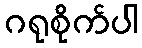
ဂရုစိုက်ပါ